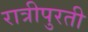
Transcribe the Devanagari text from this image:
रात्रीपुरती